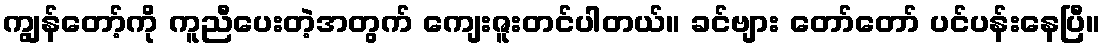
ကျွန်တော့်ကို ကူညီပေးတဲ့အတွက် ကျေးဇူးတင်ပါတယ်။ ခင်ဗျား တော်တော် ပင်ပန်းနေပြီ။